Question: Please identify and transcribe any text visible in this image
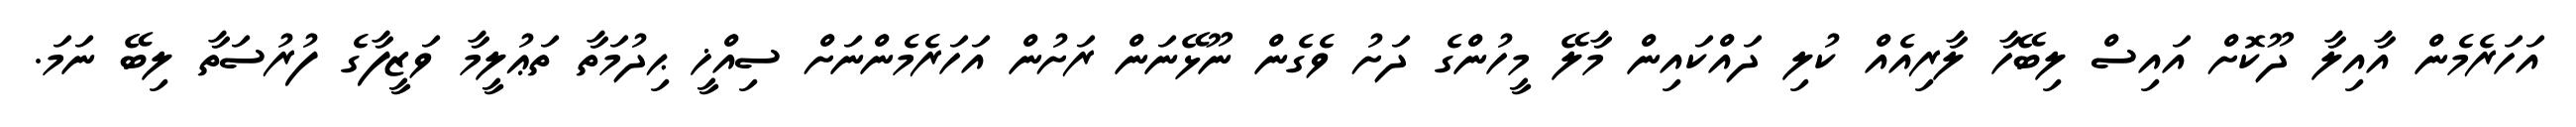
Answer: އަހަރެމެން އާއިލާ ދޫކޮށް އައިސް ލިބޭހާ ލާރިއެއް ކުލި ދައްކައިން މާލޭ މީހުންގެ ދަށު ވެގެން ނޫޅޭނަން ރަށުން އަހަރެމެންނަށް ސިއްޚީ ޙިދުމަތާ ތަޢުލީމާ ވަޒީފާގެ ފުރުސަތާ ލިބޭ ނަމަ.